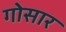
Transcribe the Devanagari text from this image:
गोसार